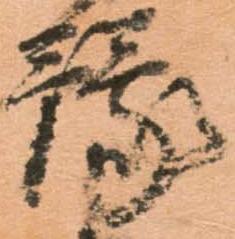
豫